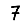
Digit: 7